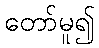
တော်မူ၍